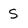
Character: S